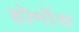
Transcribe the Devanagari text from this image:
होर्मोस